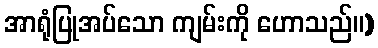
အာရုံပြုအပ်သော ကျမ်းကို ဟောသည်။)